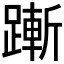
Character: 𬧋